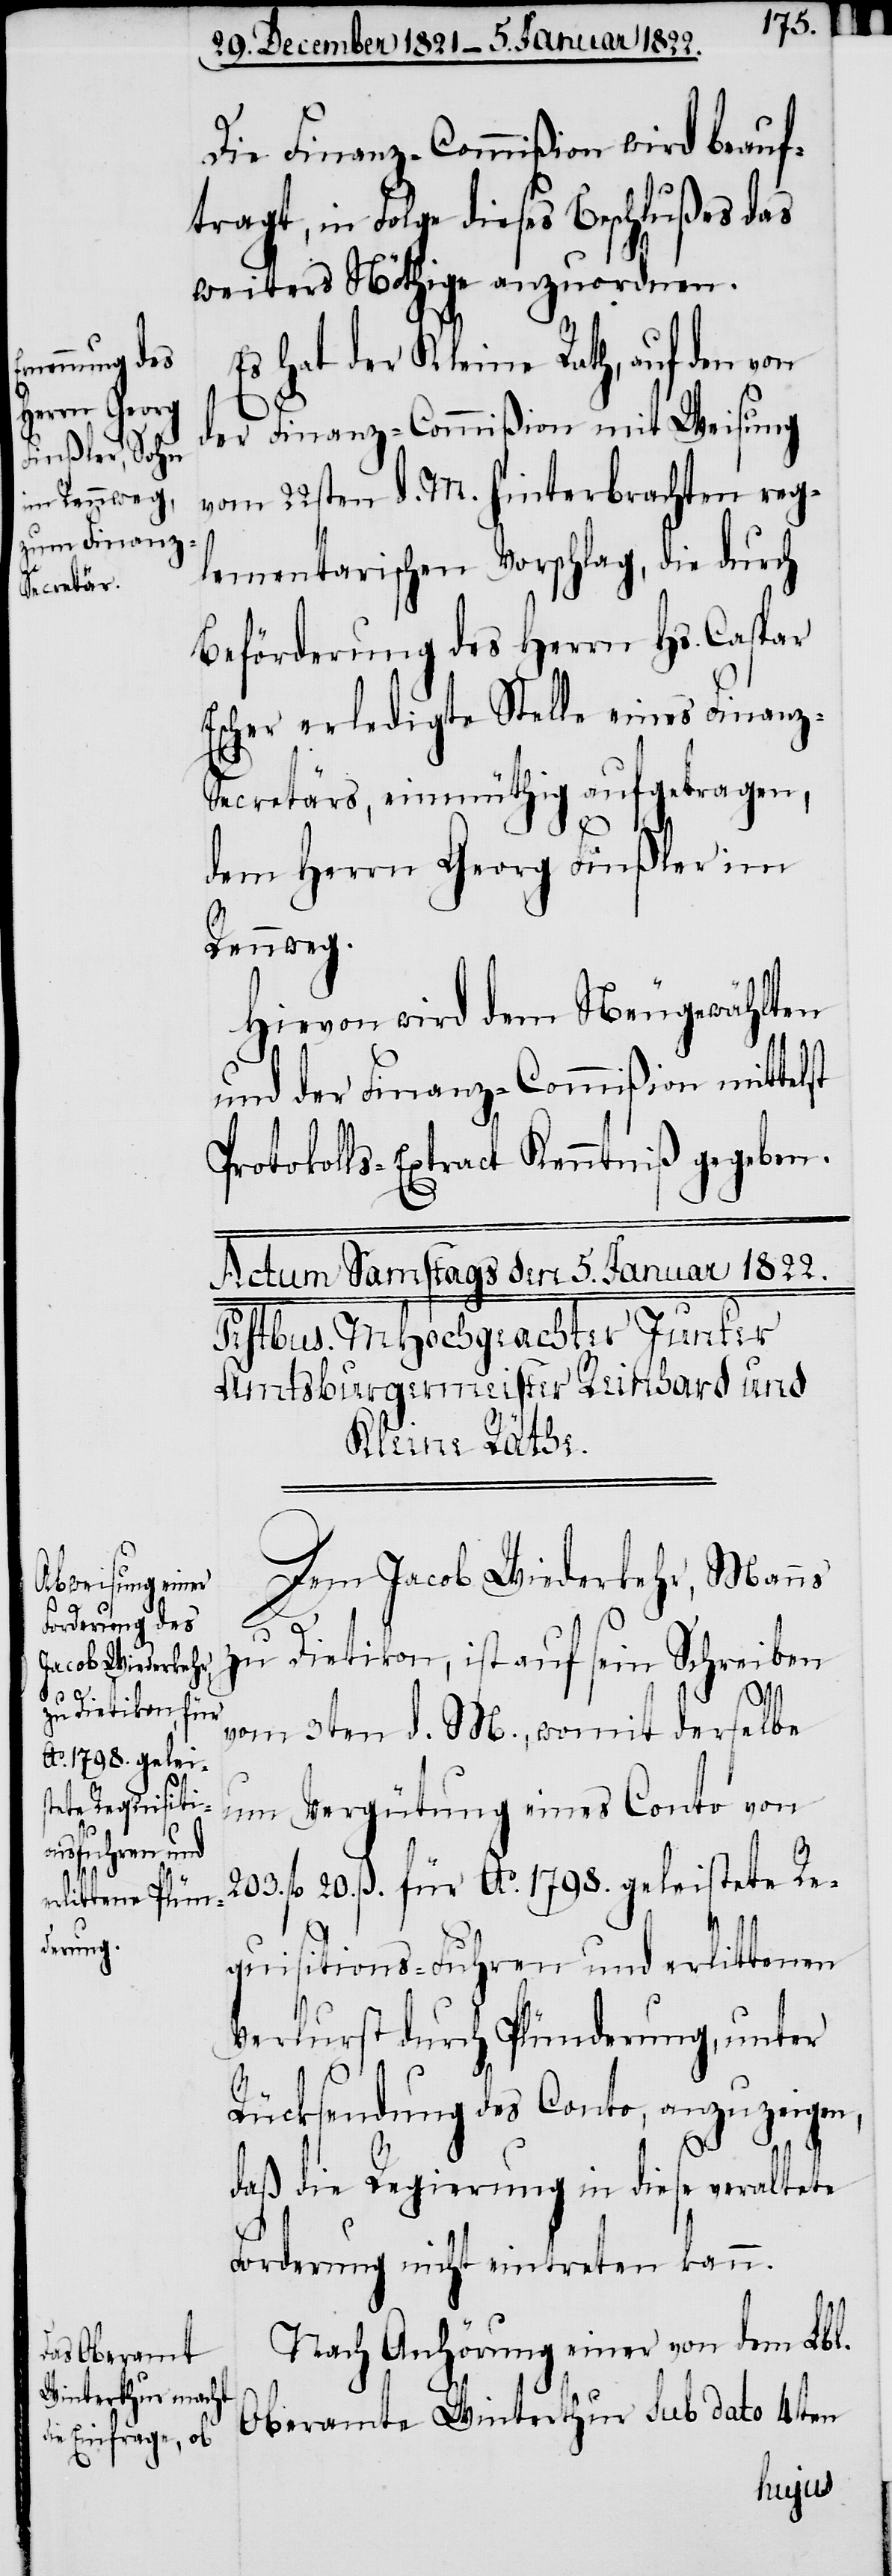
Die Finanz-Commißion wird beauf¬
tragt, in Folge dieses Beschlußes das
weiters Nöthige anzuordnen.
Es hat der Kleine Rath, auf den von
der Finanz-Commißion mit Weisung
vom 22sten d. M. hinterbrachten reg¬
lementarischen Vorschlag, die durch
Beförderung des Herrn Hs. Caspar
Escher erledigte Stelle eines Finanz-S¬
ecretärs, einmüthig aufgetragen,
dem Herrn Georg Finßler im
Rennweg.
Hievon wird dem Neugewählten
und der Finanz-Commißion mittelst
Protokolls-Extract Kenntniß gegeben.
Dem Jacob Wiederkehr, Manns
zu Dietikon, ist auf sein Schreiben
vom 3ten d. M., womit derselbe
Vergütung eines Conto von
F¬
rk[en]. 20. ß. für Ao. 1798. geleistete Re¬
quisitions-Fuhren und erlittenen
Verlurst durch Plünderung, unter
Rücksendung des Conto, anzuzeigen,
daß die Regierung in diese veraltete
Forderung nicht eintreten kann.
Nach Anhörung einer von dem Lbl.
Oberamte Winterthur sub dato 4ten